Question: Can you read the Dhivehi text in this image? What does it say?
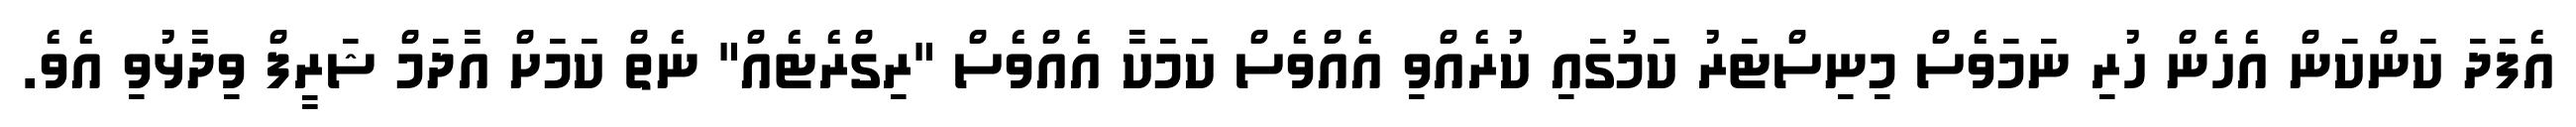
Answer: އެފަދަ ކަންކަން އެހެން ހުރި ނަމަވެސް މިނިސްޓަރު ކަމުގައި ކުރެއްވި އެއްވެސް ކަމަކާ އެއްވެސް "ރިގްރެޓެއް" ނެތް ކަމަށް އާދަމް ޝަރީފް ވިދާޅުވި އެވެ.